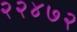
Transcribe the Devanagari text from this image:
२२४७२